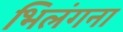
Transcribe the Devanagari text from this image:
भिलंगना